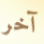
آخر